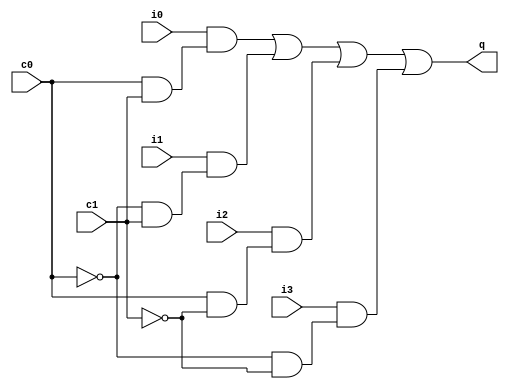
module muxdex(i0,i1,i2,i3,c0,c1,q);	
input i0,i1,i2,i3,c0,c1;
output q;

wire q;
wire notc0,notc1;
wire e0,e1,e2,e3;
wire j0,j1,j2,j3;

not(notc0,c0);
not (notc1,c1);

and (e0,notc0,notc1);
and (e1,c0,notc1);
and (e2,notc0,c1);
and (e3,c0,c1);

and(j0,i0,e3);
and(j1,i1,e2);
and(j2,i2,e1);
and(j3,i3,e0);

or(q,j0,j1,j2,j3);

endmodule